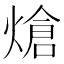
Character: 熗